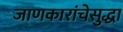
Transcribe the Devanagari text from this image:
जाणकारांचेसुद्धा